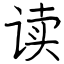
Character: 读